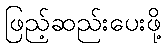
ဖြည့်ဆည်းပေးဖို့